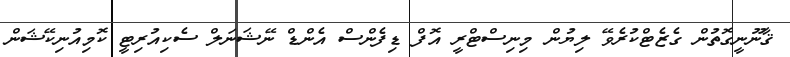
ޤާނޫނީގޮތުން ގެޒެޓްކުރެވޭ ލިޔުން މިނިސްޓްރީ އޮފް ޑިފެންސް އެންޑް ނޭޝަނަލް ސެކިއުރިޓީ ކޮމިއުނިކޭޝަން